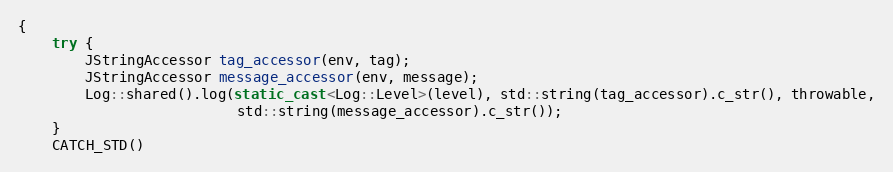
Language: C++
{
    try {
        JStringAccessor tag_accessor(env, tag);
        JStringAccessor message_accessor(env, message);
        Log::shared().log(static_cast<Log::Level>(level), std::string(tag_accessor).c_str(), throwable,
                          std::string(message_accessor).c_str());
    }
    CATCH_STD()